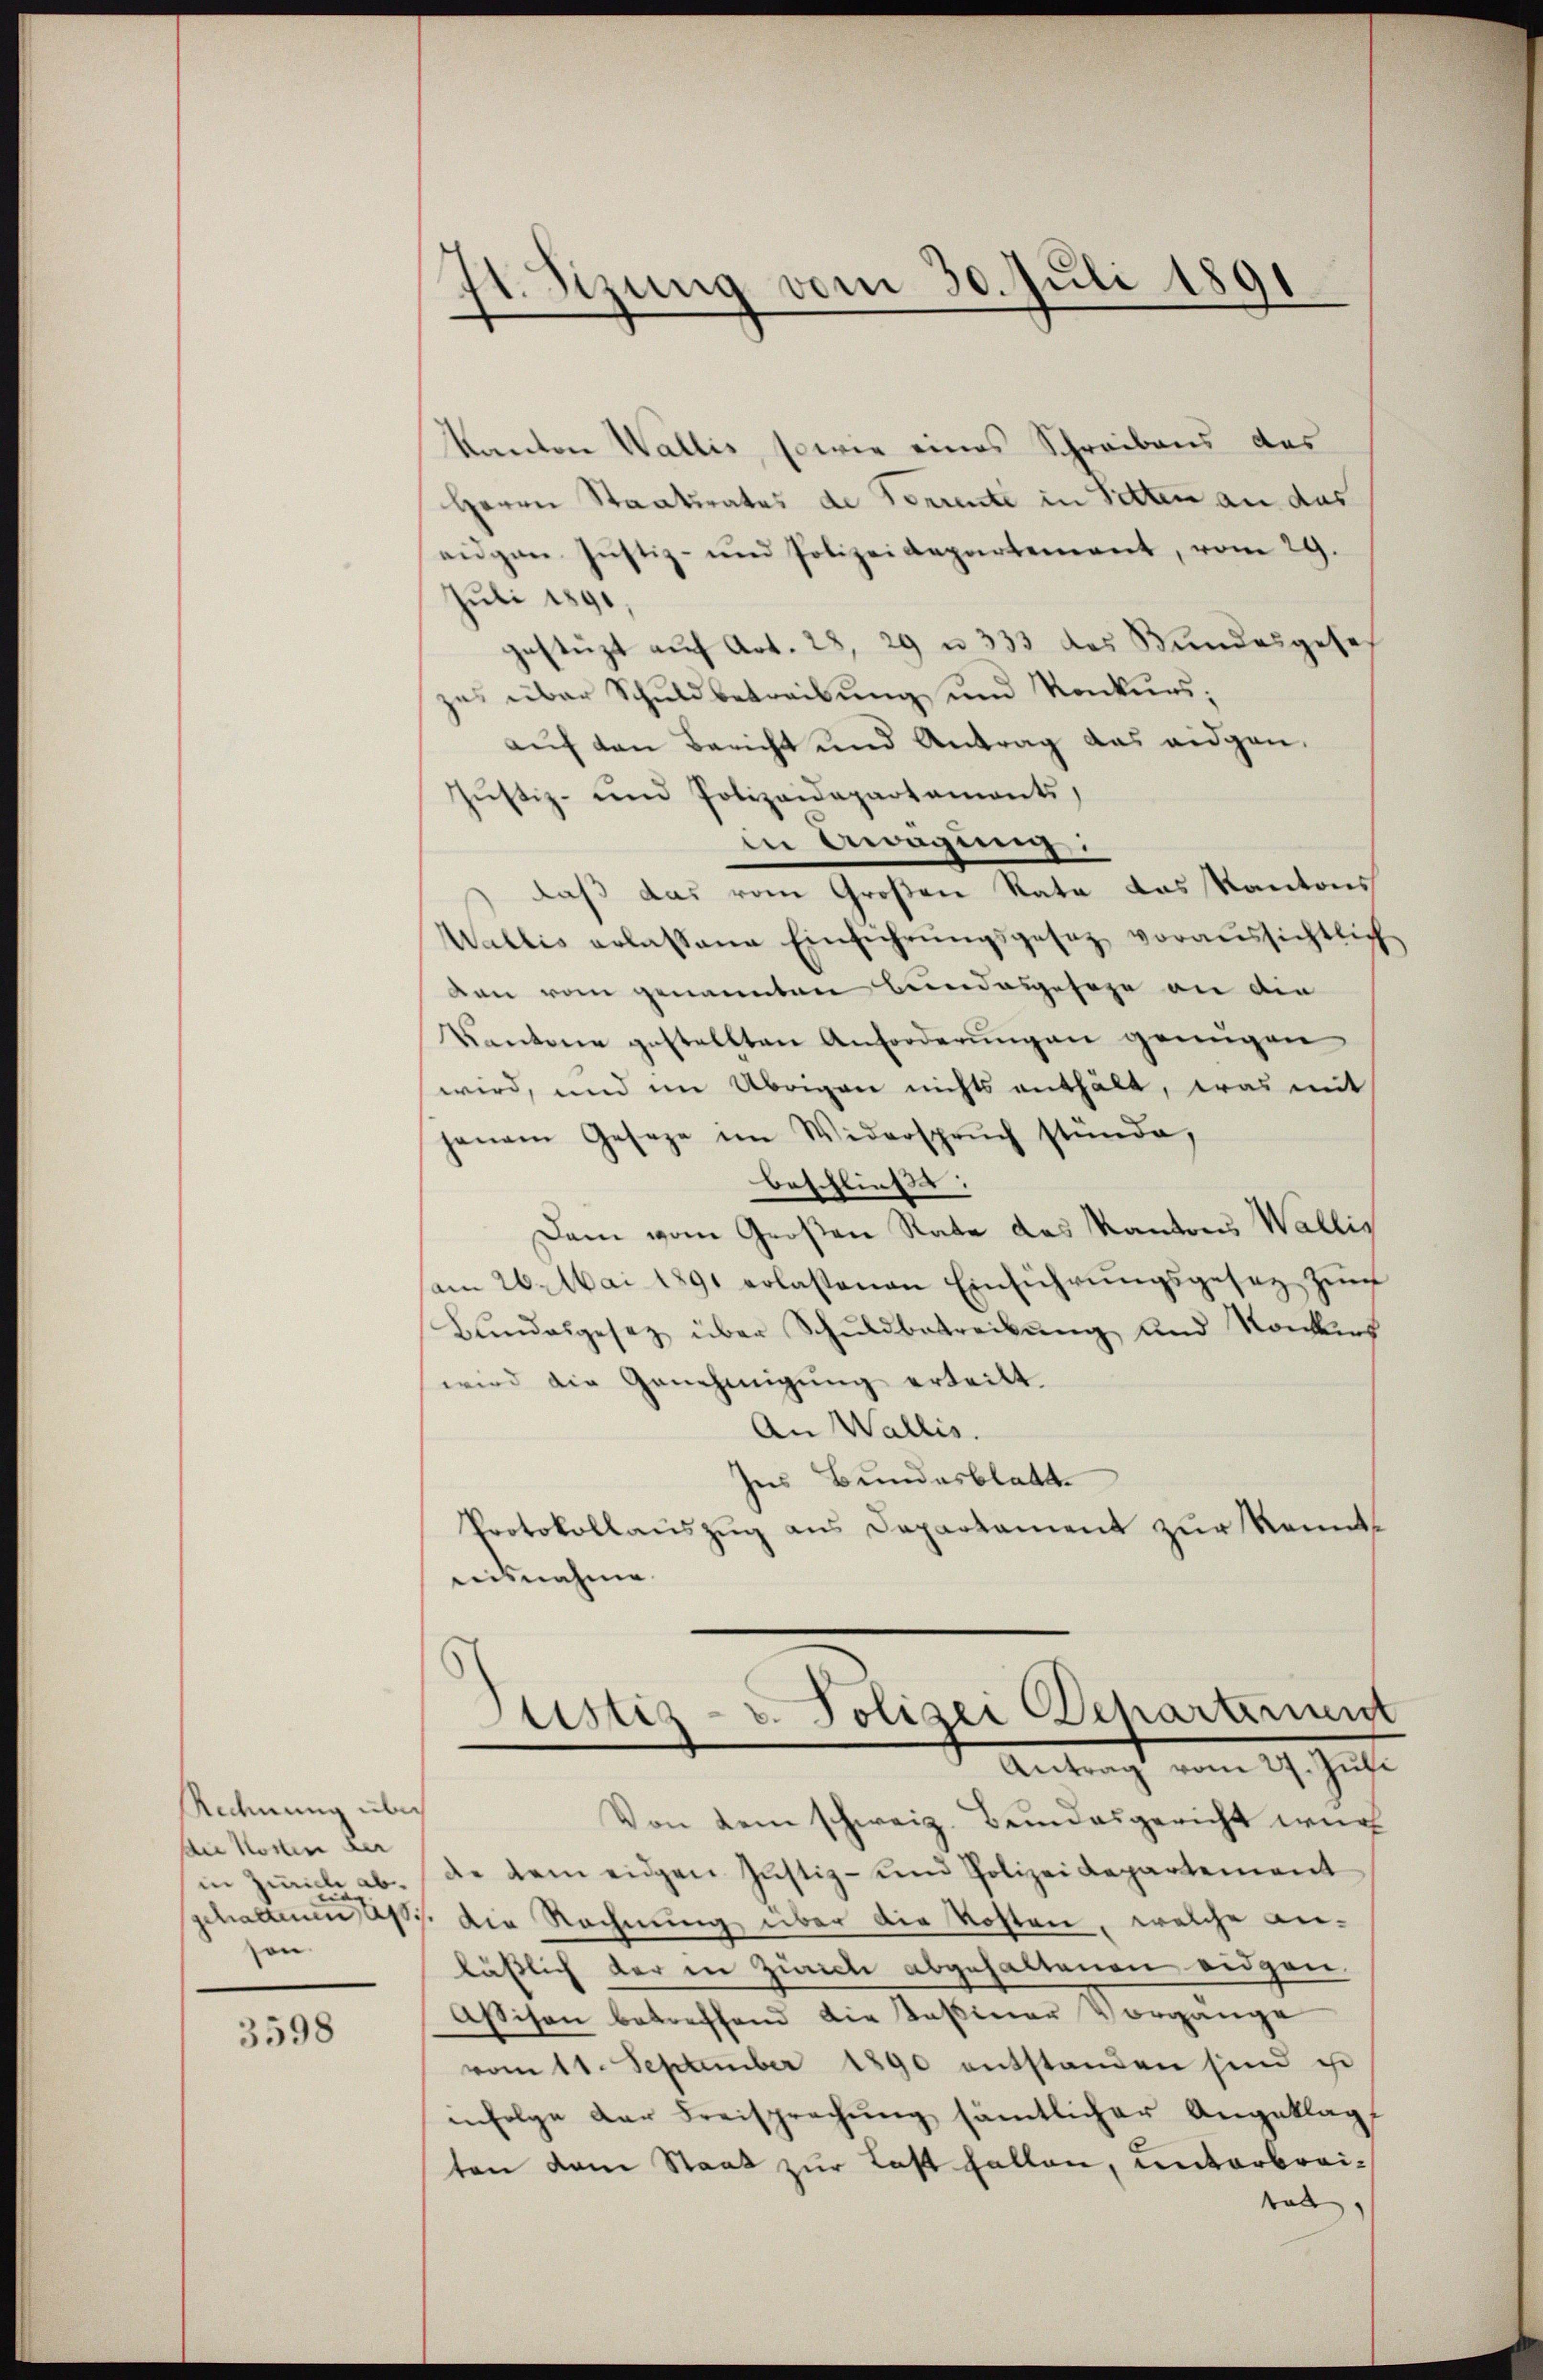
Rechnung über
die Kosten der
in Zürich ab.
on.

3598

41. Sizung vom 30. Juli 1891

Kanton Wallis, sowie eines Schreibens des
Herrn Staatsrates de Vorrente in Sitten an das
eidgen Justiz- und Polizeidepartement, vom 29.
Juli 1891,
gestüzt auf Art. 28, 29 u 333 das Bundesgesezu über Schuldbetreibung und Konkurs;
auf den Bericht und Antrag das eidgen.
Jŭstiz- und Polizeidepartaments,
in Anägung:
daß das vom Großen Rate das Kantons
Wallis erlassene Einführŭngsgesetz voraussichtlich
den vom genannten Bundesgesage an die
Kantone gestellten Anforderŭngen genügen
wird, und im Übrigen nichts enthält, was mit
janam Geseze im Widersprŭch stünde,
beschließt:
Dam vom Großen Rate das Kantons Wallis
am 26. Mai 1891 erlassenen Einführungsgesez Zunf
Bŭndesgesetz über Schuldbetreibung und Konkurs
wird die Genehmigung erteilt.
An Wallis.
Ins Bundesblatt
Protokollauszug aus Departament zur Kenntmisnahme
Justiz- u. Polizei Departernent
Antragt vom 19. Just
Von dem schweiz. Bundesgericht wur
de dem eidgen Justiz- und Polizeidepartement
gehaltenen Asti die Rechnung über die Kosten, welche anlässlich der in Zürich abgehaltenen eidgen.
Assison betreffend die Kasiner Vorgänge
vom 11. September 1890 entstanden sind ist
infolge der Freisprechung sämtlicher Angeklag
ten dem Staat zur Last fallen, unterbreitat,